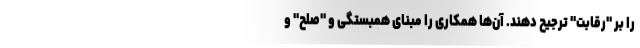
را بر "رقابت" ترجیح دهند. آن‌ها همکاری را مبنای همبستگی و "صلح" و